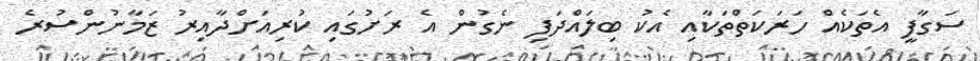
ސަގާފީ އެތަކެއް ހަރަކަތްތަކާއި އެކު ބިލައްދަފި ނެގުން އެ ރަށުގައި ކުރިއަށްދާއިރު ޒަމާނުންސުރެ